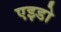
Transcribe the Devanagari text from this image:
एइडो